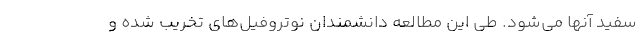
سفید آنها می‌شود. طی این مطالعه دانشمندان نوتروفیل‌های تخریب شده و